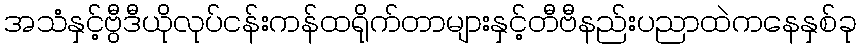
အသံနှင့်ဗွီဒီယိုလုပ်ငန်းကန်ထရိုက်တာများနှင့်တီဗီနည်းပညာထဲကနေနှစ်ခု